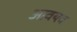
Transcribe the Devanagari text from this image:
आवयव